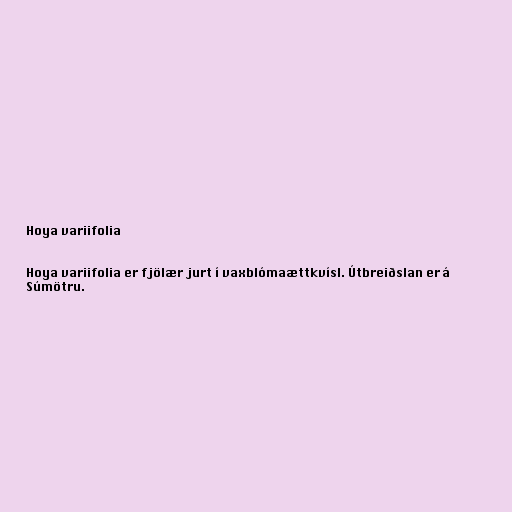
Hoya variifolia

Hoya variifolia er fjölær jurt í vaxblómaættkvísl. Útbreiðslan er á
Súmötru.